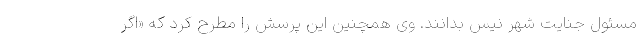
مسئول جنایت شهر نیس بدانند. وی همچنین این پرسش را مطرح کرد که «اگر